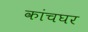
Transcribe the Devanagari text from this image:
कांचघर